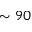
\sim 9 0